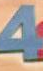
4